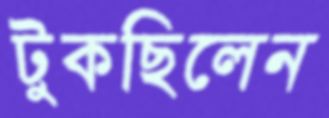
টুকছিলেন